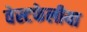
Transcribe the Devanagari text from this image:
वेस्टफेलीया